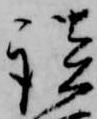
談